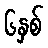
၆နှစ်